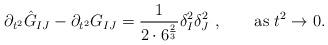
LaTeX: \begin{align*}\partial_{t^2} \hat G_{IJ} - \partial_{t^2} G_{IJ} = {1\over {2\cdot 6^{\frac{2}{3}}}} \delta_I^2 \delta_J^2\ , \qquad {\rm as} \ t^2 \rightarrow 0.\end{align*}